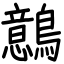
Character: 鷾